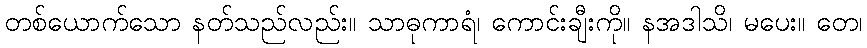
တစ်ယောက်သော နတ်သည်လည်း။ သာဓုကာရံ၊ ကောင်းချီးကို။ နအဒါသိ၊ မပေး။ တေ၊